Indian journal of veterinary science and animal husbandry - Volumes 24-25, 1954-1955
Year: 1954
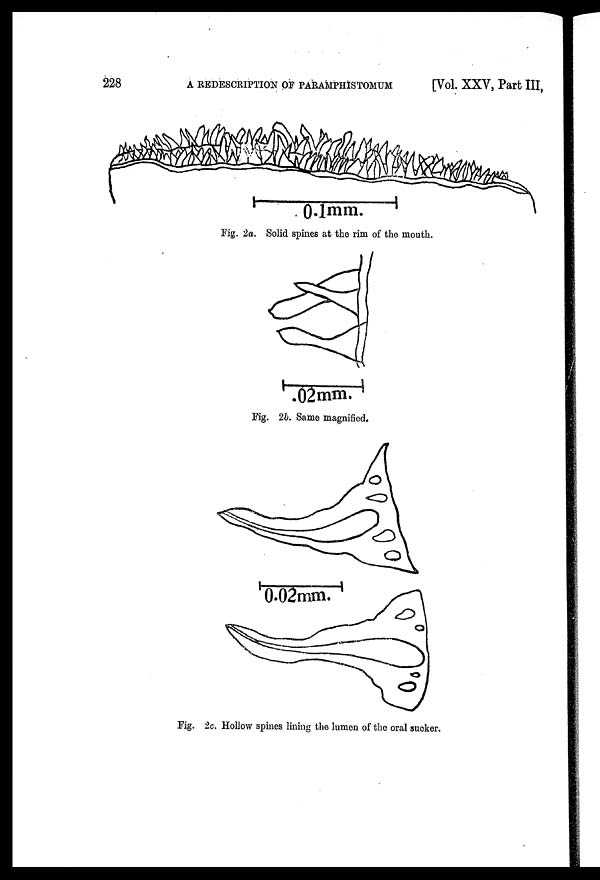
228
A REDESCRIPTION OF PARAMPHISTOMUM
[Vol. XXV, Part III,
Fig. 2a. Solid spines at the rim of the mouth.
Fig. 2b. Same magnified.
Fig. 2c. Hollow spines lining the lumen of the oral sucker.